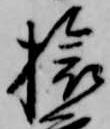
旅